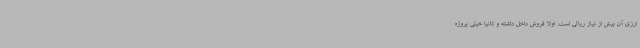
ارزی آن بیش از نیاز ریالی است. اولا فروش داخل داشته و ثانیا خیلی پروژه